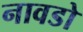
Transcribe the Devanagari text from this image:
नावडो